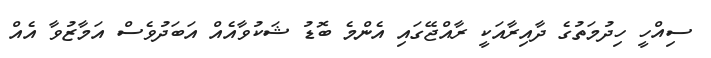
ސިއްހީ ހިދުމަތުގެ ދާއިރާއަކީ ރާއްޖޭގައި އެންމެ ބޮޑު ޝަކުވާއެއް އަބަދުވެސް އަމާޒުވާ އެއް